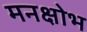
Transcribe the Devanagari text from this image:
मनक्षोभ